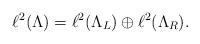
LaTeX: \begin{align*}\ell^2(\Lambda)=\ell^2(\Lambda_L)\oplus \ell^2(\Lambda_R).\end{align*}